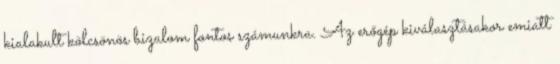
kialakult kölcsönös bizalom fontos számunkra. Az erőgép kiválasztásakor emiatt